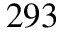
2 9 3